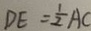
D E = \frac { 1 } { 2 } A C